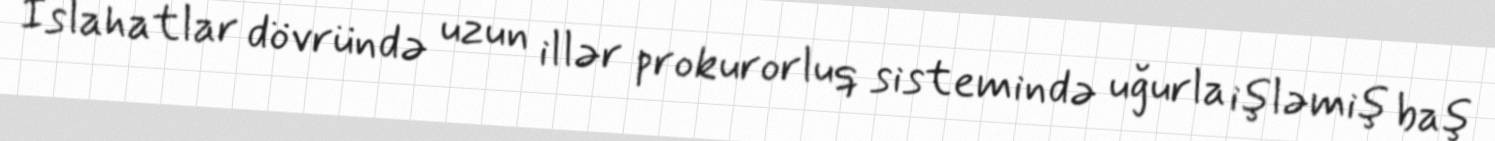
İslahatlar dövründə uzun illər prokurorluq sistemində uğurla işləmiş baş